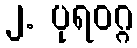
၂. ပုရဝဂ္ဂ